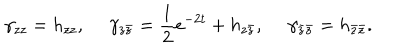
\gamma _ { z z } = h _ { z z } , ~ ~ \gamma _ { z \bar { z } } = { \frac { 1 } { 2 } } e ^ { - 2 t } + h _ { z \bar { z } } , ~ ~ \gamma _ { \bar { z } \bar { z } } = h _ { \bar { z } \bar { z } } .